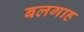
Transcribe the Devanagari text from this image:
बलगाह